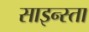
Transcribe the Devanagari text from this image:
साइन्स्ता